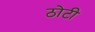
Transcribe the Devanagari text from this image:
ठोटी